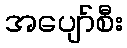
အပျော်စီး